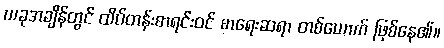
ယခုအချိန်တွင် ထိပ်တန်းစာရင်းဝင် စာရေးဆရာ တစ်ယောက် ဖြစ်နေ၏။